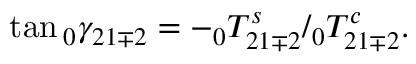
\tan \phantom { } _ { 0 } \gamma _ { 2 1 \mp 2 } = - \phantom { } _ { 0 } T _ { 2 1 \mp 2 } ^ { s } / \phantom { } _ { 0 } T _ { 2 1 \mp 2 } ^ { c } .